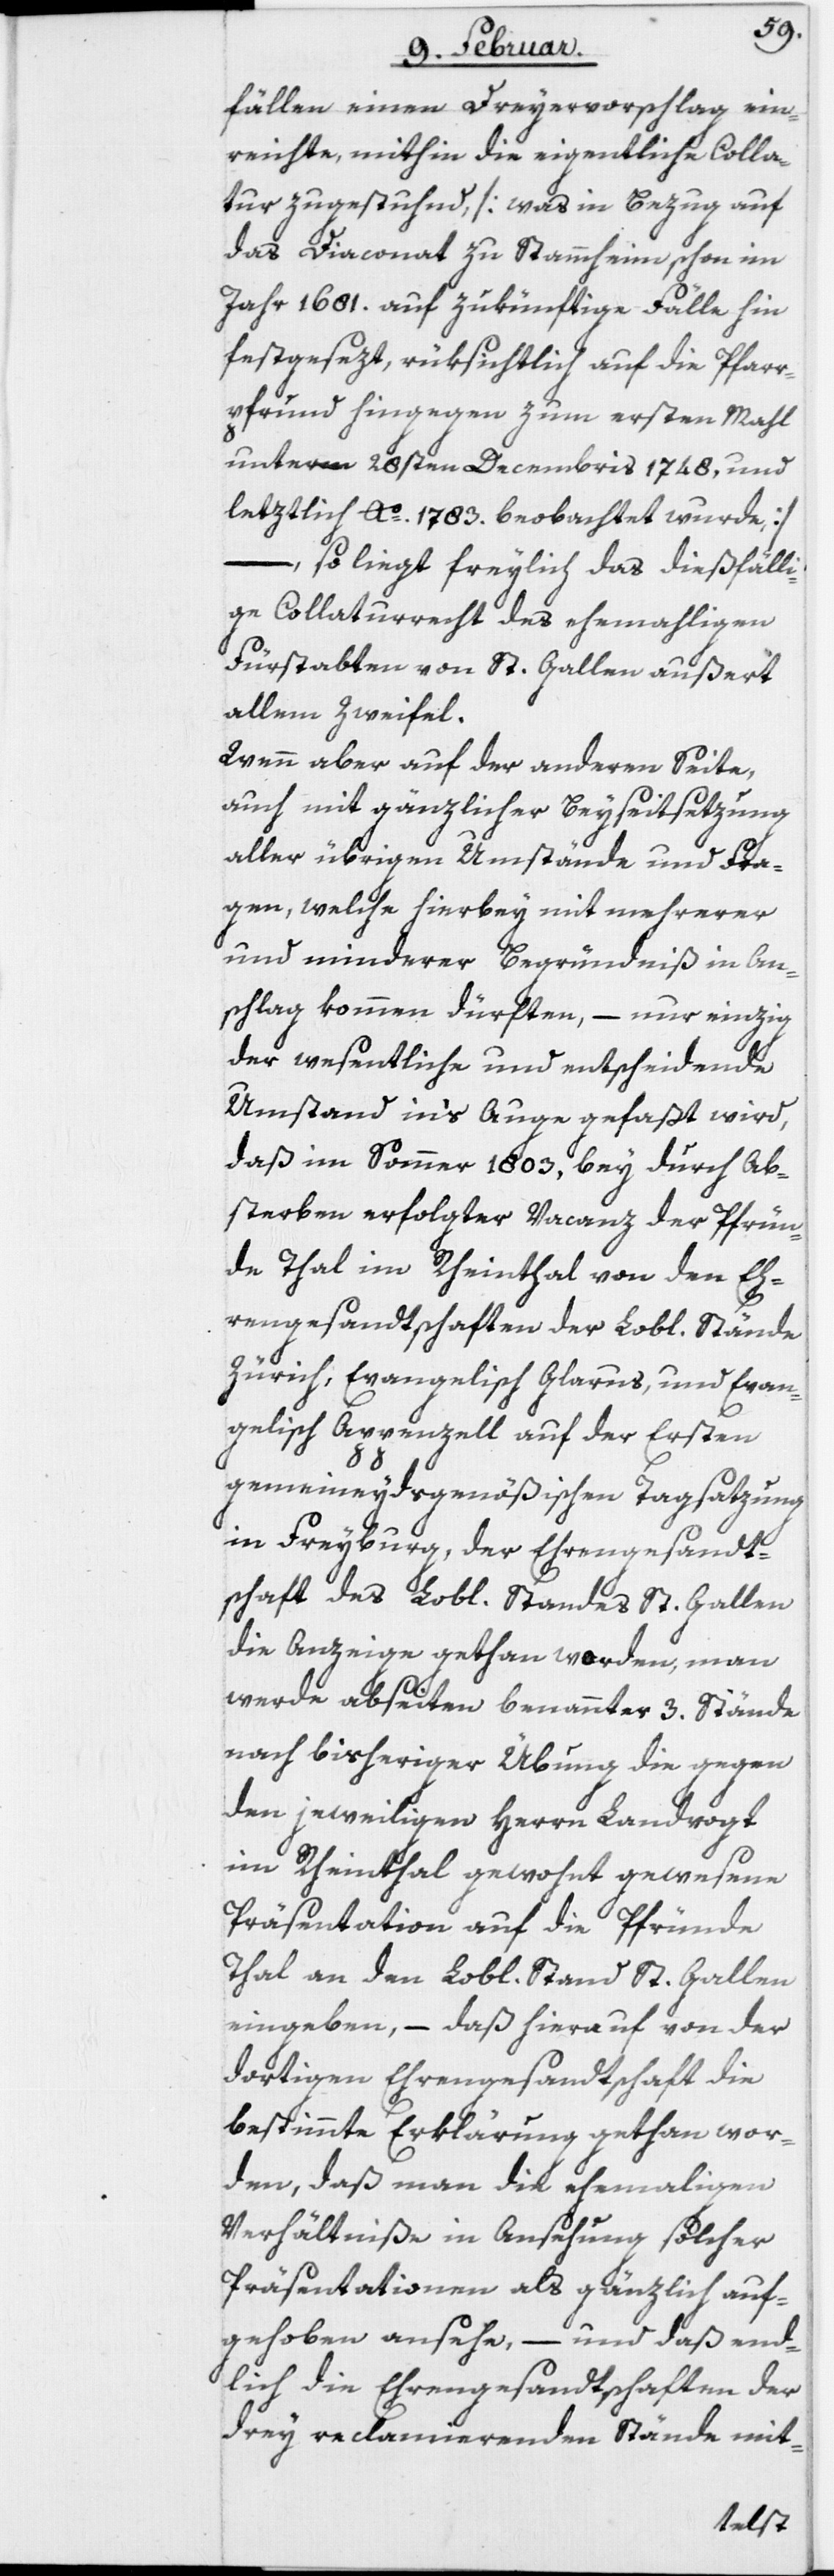
fällen einen Dreyervorschlag ein¬
reichte, mithin die eigentliche Colla¬
tur zugestuhnd, [was in Bezug auf
das Diaconat zu Stammheim schon im
Jahr 1681. auf zukünftige Fälle hin
festgesetzt, rüksichtlich auf die Pfarr¬
pfrund hingegen zum ersten Mahl
unterm 28sten Decembris 1748, und
letztlich Ao. 1783. beobachtet wurde,]
–
so liegt freylich das dießfälli¬
ge Collaturrecht des ehemahligen
Fürstabten von St. Gallen außert
allem Zweifel.
Wenn aber auf der anderen Seite,
auch mit gänzlicher Beyseitsetzung
aller übrigen Umstände und Fra¬
gen, welche hierbey mit mehrerer
und minderer Begründniß in An¬
schlag kommen dürften, – nur einzig
der wesentliche und entscheidende
Umstand in‘s Auge gefaßt wird,
daß im Sommer 1803, bey durch Ab¬
sterben erfolgter Vacanz der Pfrün¬
de Thal im Rheinthal von den Eh¬
rengesandtschaften der Lobl. Stände
Zürich, Evangelisch Glarus, und Evan¬
gelisch Appenzell auf der Ersten
gemeineydsgenößischen Tagsatzung
in Freyburg, der Ehrengesandt¬
schaft des Lobl. Standes St. Gallen
die Anzeige gethan worden, man
werde abseiten benannter 3. Stände
nach bisheriger Übung die gegen
den jeweiligen Herrn Landvogt
im Rheinthal gewohnt gewesene
Präsentation auf die Pfründe
Thal an den Lobl. Stand St. Gallen
eingeben, – daß hierauf von der
dortigen Ehrengesandtschaft die
bestimmte Erklärung gethan wor¬
den, daß man die ehemaligen
Verhältniße in Ansehung solcher
Präsentationen als gänzlich auf¬
gehoben ansehe, – und daß end¬
lich die Ehrengesandtschaften der
drey reclamierenden Stände mit-